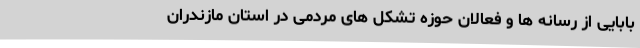
بابایی از رسانه ها و فعالان حوزه تشکل های مردمی در استان مازندران